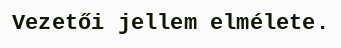
Vezetői jellem elmélete.